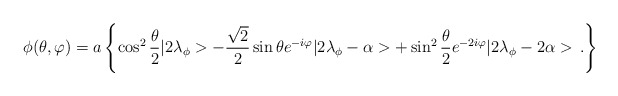
\begin{align*}\phi (\theta ,\varphi )=a\left\{ \cos ^{2}\frac{\theta }{2}|2\lambda _{\phi }>-\frac{\sqrt{2}}{2}\sin \theta e^{-i\varphi }|2\lambda _{\phi }-\alpha >+\sin ^{2}\frac{\theta }{2}e^{-2i\varphi }|2\lambda _{\phi }-2\alpha >\, .\right\}\end{align*}